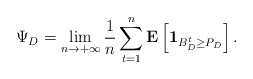
\begin{align*}\Psi_D = \lim_{n \to +\infty} \frac{1}{n} \sum_{t = 1}^{n} \mathbf{E} \left[ \mathbf{1}_{B_{D}^{t} \geq P_{D}} \right].\end{align*}